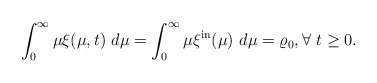
\begin{align*}\int_{0}^{\infty}\mu\xi(\mu,t)\ d\mu=\int_{0}^{\infty}\mu\xi^{\mathrm{in}}(\mu)\ d\mu=\varrho_{0},\forall~t\geq0. \end{align*}